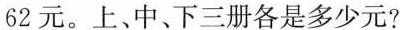
62元。上、中、下三册各是多少元?